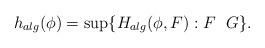
LaTeX: \begin{align*}h_{alg}(\phi) = \sup \{ H_{alg} (\phi, F) : F\ \ G\}.\end{align*}